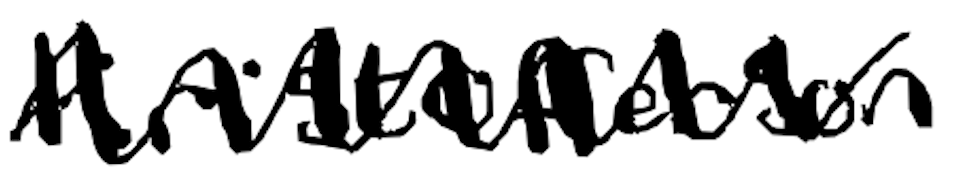
Text: Kristofferson
Cross-out: mix
Writing tool: digital_black